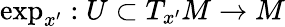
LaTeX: \exp_{x^{\prime}}:U\subset T_{x^{\prime}}M\rightarrow M